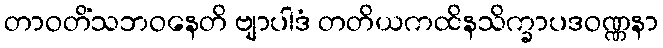
တာဝတိံသဘဝနေတိ ဗျာပါဒံ တတိယကထိနသိက္ခာပဒဝဏ္ဏနာ